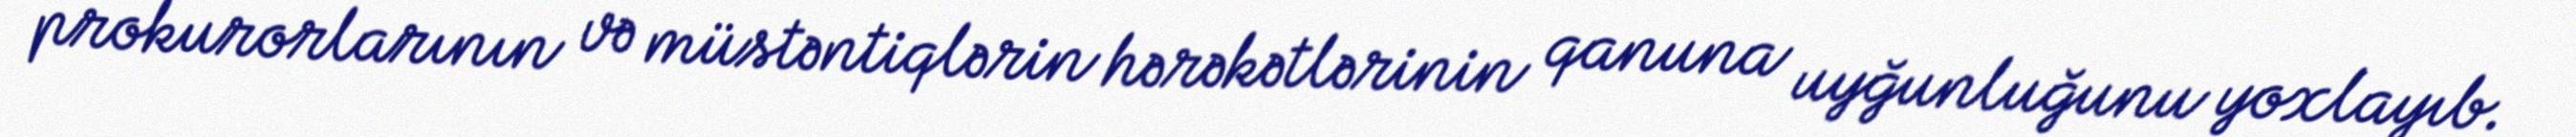
prokurorlarının və müstəntiqlərin hərəkətlərinin qanuna uyğunluğunu yoxlayıb.